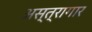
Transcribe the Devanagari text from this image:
अस्त्रागार